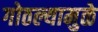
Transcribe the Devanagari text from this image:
गोठल्यामुळे